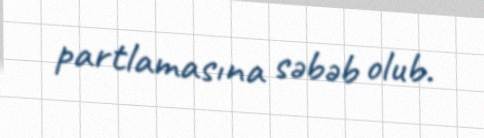
partlamasına səbəb olub.